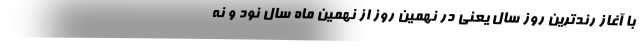
با آغاز رندترین روز سال یعنی در نهمین روز از نهمین ماه سال نود و نه